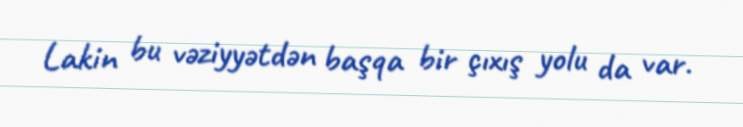
Lakin bu vəziyyətdən başqa bir çıxış yolu da var.